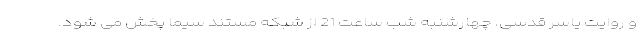
و روایت یاسر قدسی، چهارشنبه شب ساعت 21 از شبکه مستند سیما پخش می شود.